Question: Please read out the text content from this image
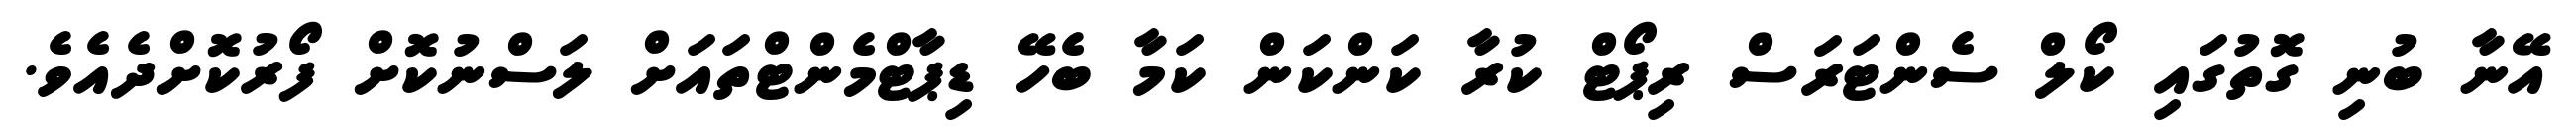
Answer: އޭނާ ބުނި ގޮތުގައި ކޯލް ސެންޓަރަސް ރިޕޯޓް ކުރާ ކަންކަން ކަމާ ބެހޭ ޑިޕާޓްމެންޓްތައަށް ލަސްނުކޮށް ފޯރުކޮށްދެއެވެ.